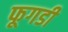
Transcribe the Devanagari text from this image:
फूगडी